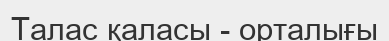
Талас қаласы - орталығы